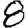
Digit: 8